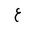
Letter: _ayn